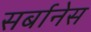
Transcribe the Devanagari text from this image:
सर्बानेस